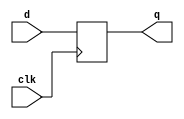
module dflipflop(input clk,input d, output q);
reg q;
always@(posedge clk) begin
    q<=d;
    end

endmodule